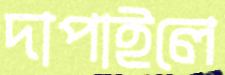
দাপাইলে